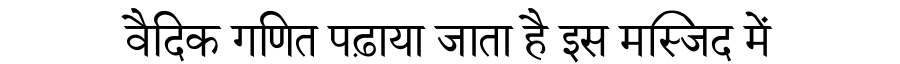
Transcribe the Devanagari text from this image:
वैदिक गणित पढ़ाया जाता है इस मस्जिद में